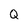
Character: Q